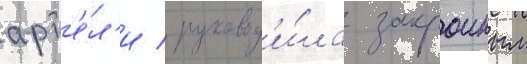
арт'е́л'и / руковод'и́ла закроиным